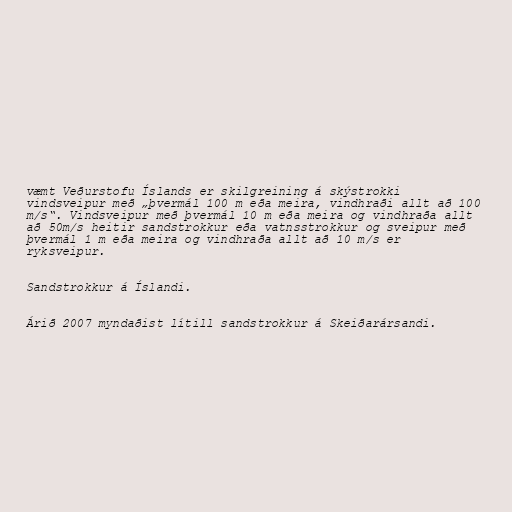
væmt Veðurstofu Íslands er skilgreining á skýstrokki
vindsveipur með „þvermál 100 m eða meira, vindhraði allt að 100
m/s“. Vindsveipur með þvermál 10 m eða meira og vindhraða allt
að 50m/s heitir sandstrokkur eða vatnsstrokkur og sveipur með
þvermál 1 m eða meira og vindhraða allt að 10 m/s er
ryksveipur.

Sandstrokkur á Íslandi.

Árið 2007 myndaðist lítill sandstrokkur á Skeiðarársandi.